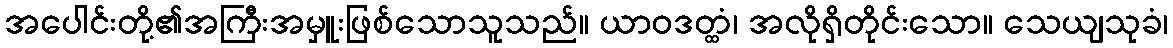
အပေါင်းတို့၏အကြီးအမှူးဖြစ်သောသူသည်။ ယာဝဒတ္ထံ၊ အလိုရှိတိုင်းသော။ သေယျသုခံ၊